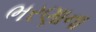
ભરણાના